Calcutta medical institutions reports 1871-78
Year: 1871
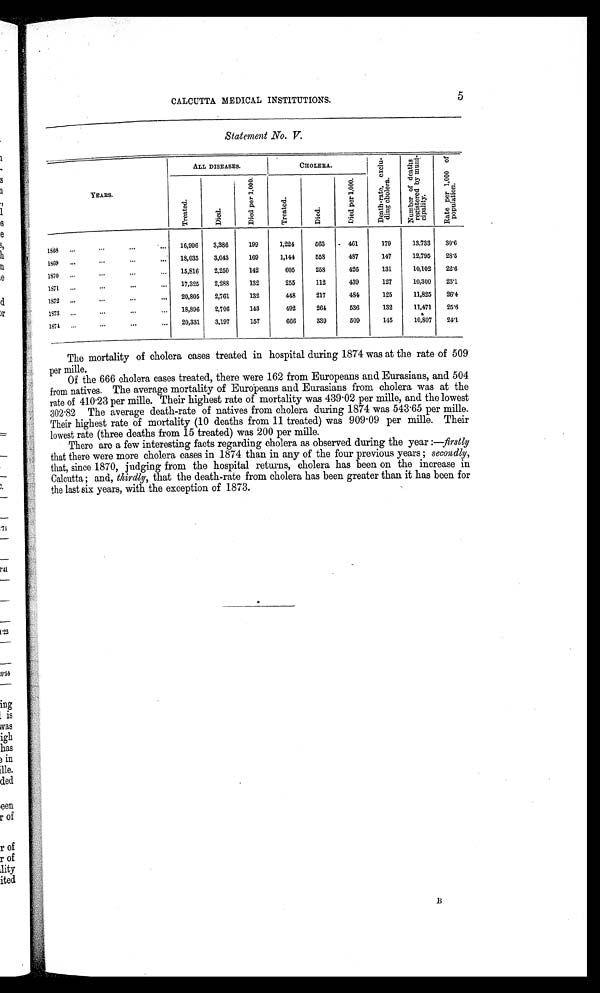
CALCUTTA MEDICAL INSTITUTIONS.
5
Statement No. V.
ALL DISEASES.
CHOLERA
D e a t h - r a t e e x c l u - d i n g c h o l e r a .
N u m b e r o f d e a t h s r e g i s t e r e d b y m u n i c i p a l i t y .
R a t e p e r 1 , 0 0 0 o f p o p u l a t i o n .
YEARS.
T r e a t e d .
Di ed.
D i e d p e r 1 , 0 0 0 .
Tr e a t e d .
Di ed.
D i e d p e r 1 , 0 0 0 .
1808
16,996 3,386
199
1,224
563
461
179
13,733 30·6
1869
18,035 3,043
169
1,144 558
487
147
12,795 28·5
1870
15,816 2,250
142
605
258
426
131
10,102 22·6
1871
17,325 2,288
132
255
112
439
127
10,300 23·1
1872
20,805 2,761
132
448
217
484
125
11,825 26·4
1873
18,896 2,706
143
492
264
536
132
11,471 25·6
1874
20,331 3,197
157
666
339
509
145
10,807 24·1
The mortality of cholera cases treated in hospital during 1874 was at the rate of 509
per mille.
Of the 666 cholera cases treated, there were 162 from Europeans and Eurasians, and 504
from natives. The average mortality of Europeans and Eurasians from cholera was at the
rate of 410 .23 per mills. Their highest rate of mortality was 439·02 per mille, and the lowest
302·82 The average death-rate of natives from cholera during 1874 was 543·65 per mille.
Their highest rate of mortality (10 deaths from 11 treated) was 909·09 per mille. Their
lowest rate (three deaths from 15 treated) was 200 per mille.
There are a few interesting facts regarding cholera as observed during the year: —firstly
that there were more cholera cases in 1874 than in any of the four previous years; secondly,
that, since 1870, judging from the hospital returns, cholera has been on the increase in
Calcutta; and, thirdly, that the death-rate from cholera has been greater than it has been for
the last six years, with the exception of 1873.